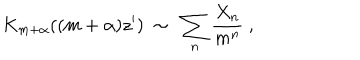
LaTeX: K _ { m + \alpha } ( ( m + \alpha ) z ^ { \prime } ) \ \sim \ \sum _ { n } \frac { X _ { n } } { m ^ { n } } \ ,